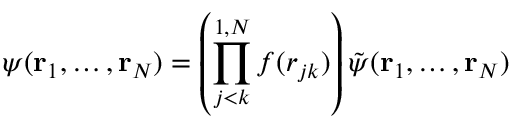
\psi ( { \bf r } _ { 1 } , \ldots , { \bf r } _ { N } ) = \left( \prod _ { j < k } ^ { 1 , N } f ( r _ { j k } ) \right) \tilde { \psi } ( { \bf r } _ { 1 } , \ldots , { \bf r } _ { N } )